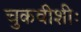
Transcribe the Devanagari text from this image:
चुकवीशीः